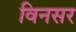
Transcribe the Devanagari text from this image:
विनसर